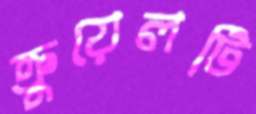
ক্রুয়েলটি